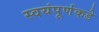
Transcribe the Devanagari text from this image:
स्वयंपूर्णकडे